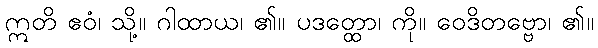
ဣတိ ဧဝံ၊ သို့။ ဂါထာယ၊ ၏။ ပဒတ္ထော၊ ကို။ ဝေဒိတဗ္ဗော၊ ၏။